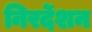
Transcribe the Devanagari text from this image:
निरर्देशन